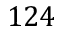
1 2 4